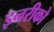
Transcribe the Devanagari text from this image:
इनरीको